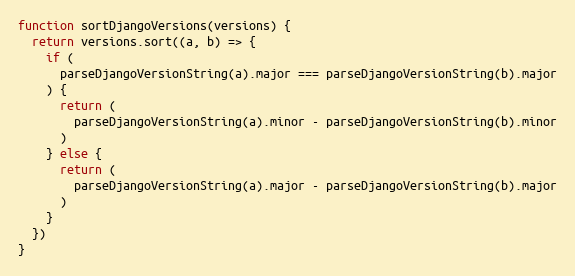
Language: JavaScript
function sortDjangoVersions(versions) {
  return versions.sort((a, b) => {
    if (
      parseDjangoVersionString(a).major === parseDjangoVersionString(b).major
    ) {
      return (
        parseDjangoVersionString(a).minor - parseDjangoVersionString(b).minor
      )
    } else {
      return (
        parseDjangoVersionString(a).major - parseDjangoVersionString(b).major
      )
    }
  })
}